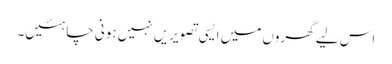
اس لیے گھروں میں ایسی تصویریں نہیں ہونی چاہئیں۔